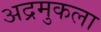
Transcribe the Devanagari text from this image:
अद्रमुकला